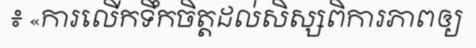
៖ «ការលើកទឹកចិត្តដល់សិស្សពិការភាពឲ្យ